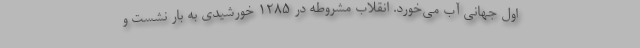
اول جهانی آب می‌خورد. انقلاب مشروطه در 1285 خورشیدی به بار نشست و